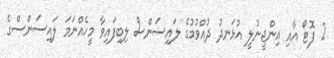
2 ފޮޓޯ އާއި އިންޖީނުލީ އުޅަނދު ދުއްވުމުގެ ލައިސަންސް ލިބިފައިވާ މީހެއްނަމަ ލައިސަންސްގެ